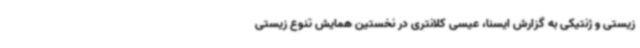
زیستی و ژنتیکی به گزارش ایسنا، عیسی کلانتری در نخستین همایش تنوع زیستی